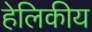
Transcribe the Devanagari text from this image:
हेलिकीय